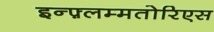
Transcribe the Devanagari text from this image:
इन्फ़्लम्मतोरिएस